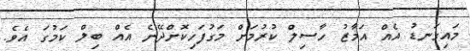
މައިގަނޑު އެއް އަމާޒު ހާސިލް ކުރުމަށް މަގުފަހިކޮށްދޭނެ އެއް ބިލް ކަމުގަ އެވެ.